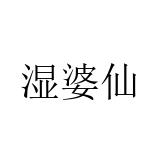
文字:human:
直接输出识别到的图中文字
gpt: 湿婆仙